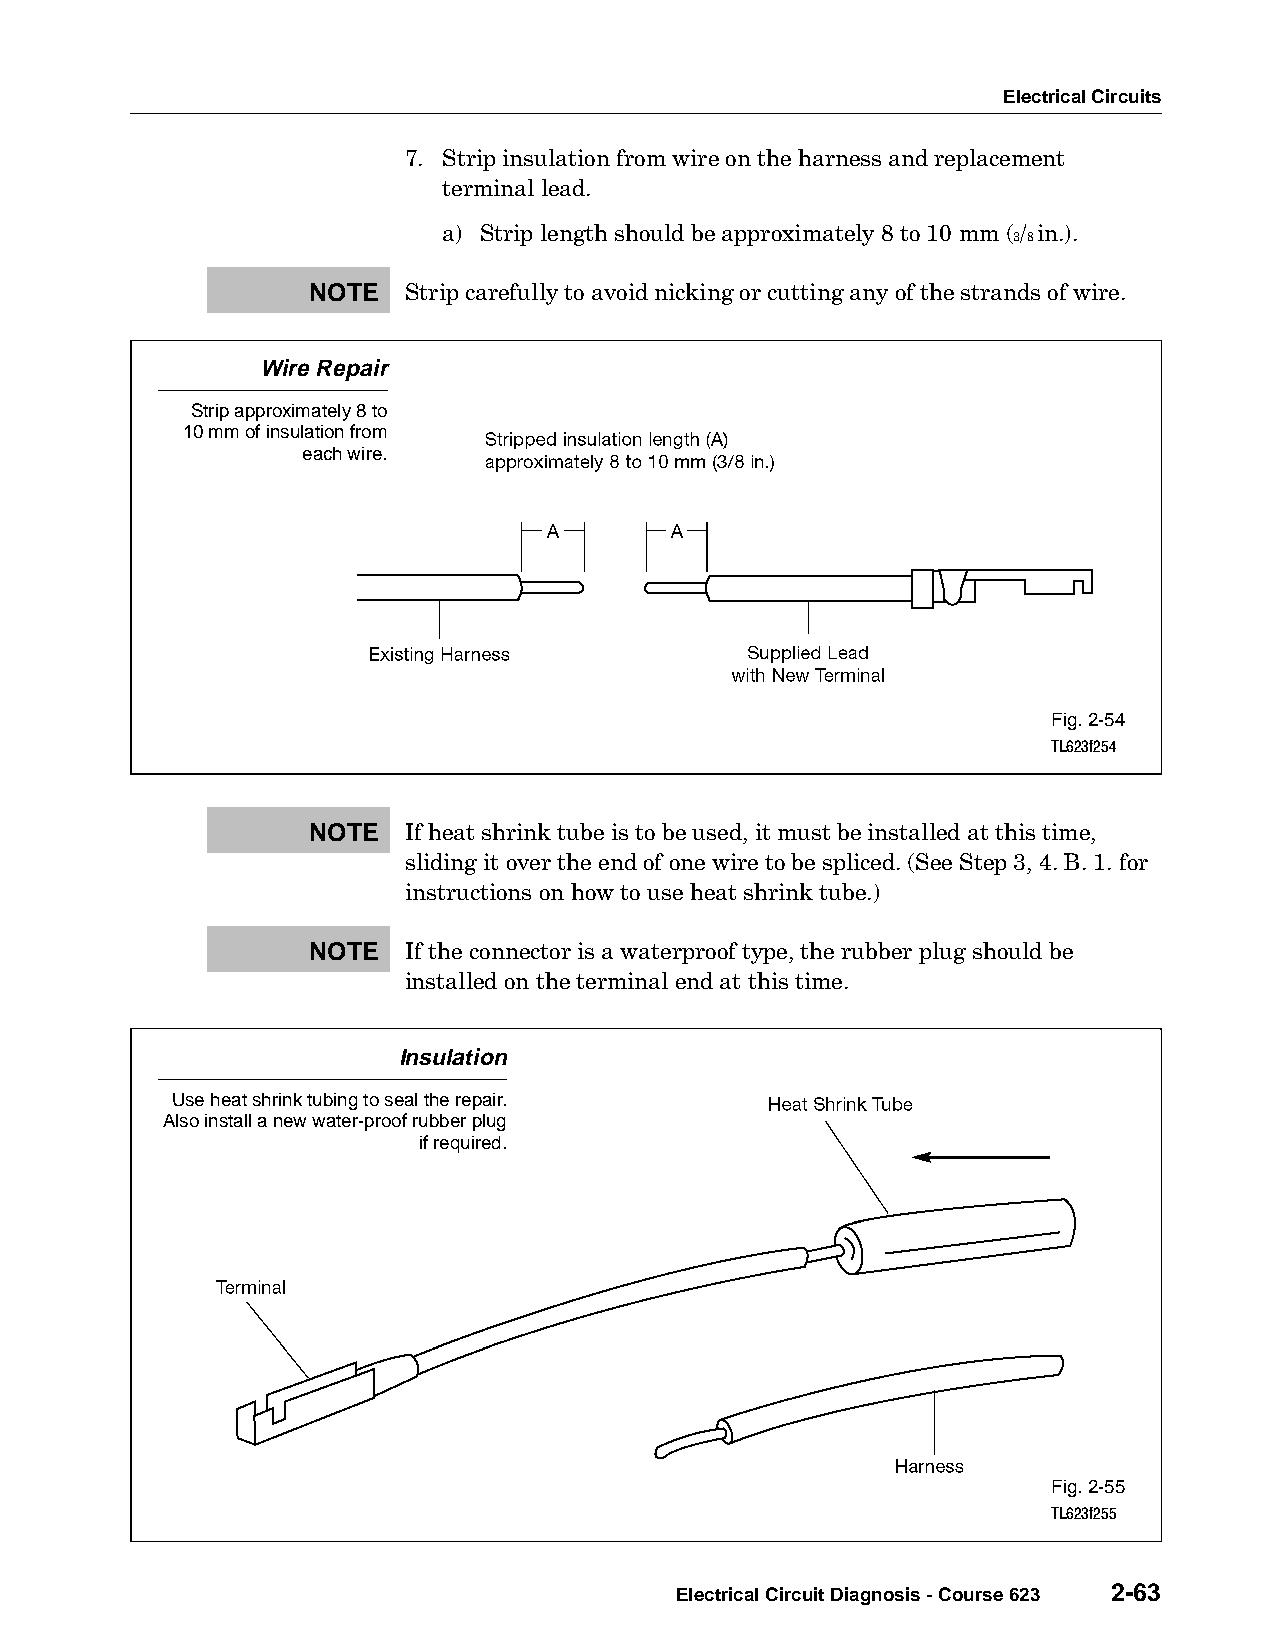
Electrical Circuits
 7. Strip insulation from wire on the harness and replacement
 terminal lead.
 a) Strip length should be approximately 8 to 10 mm ( / in.).
 3 8
 NOTE   Strip carefully to avoid nicking or cutting any of the strands of wire.
 Wire Repair
 Strip approximately 8 to
 10 mm of insulation from
 each wire.
 Fig. 2-54
 TL623f254
 NOTE   If heat shrink tube is to be used, it must be installed at this time,
 sliding it over the end of one wire to be spliced. (See Step 3, 4. B. 1. for
 instructions on how to use heat shrink tube.)
 NOTE   If the connector is a waterproof type, the rubber plug should be
 installed on the terminal end at this time.
 Insulation
 Use heat shrink tubing to seal the repair.
 Also install a new water-proof rubber plug
 if required.
 Fig. 2-55
 TL623f255
 Electrical Circuit Diagnosis - Course 623 2-63